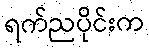
ရက်ညပိုင်းက